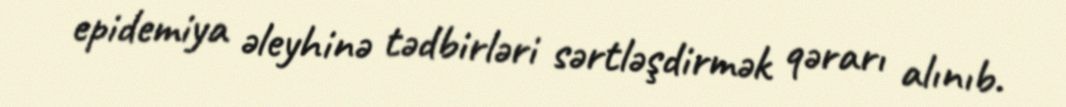
epidemiya əleyhinə tədbirləri sərtləşdirmək qərarı alınıb.